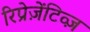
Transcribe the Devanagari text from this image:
रिप्रेज़ेंटिव्ज़